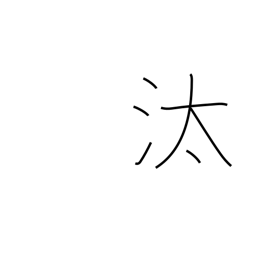
Meaning: washing